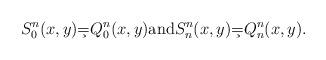
LaTeX: \begin{align*} S_0^n (x,y) \c= Q_0^n(x,y) \hbox{and} S_n^n (x,y) \c= Q_n^n(x,y).\end{align*}